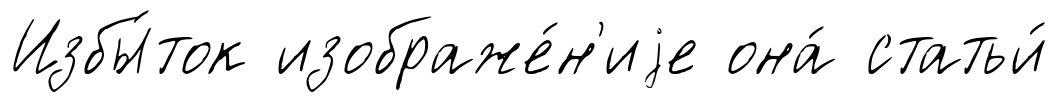
Избы́ток изображе́н'иjе она́ статьи́